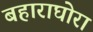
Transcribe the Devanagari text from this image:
बहाराघोरा